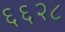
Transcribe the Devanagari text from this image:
६६२८